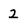
Character: 2